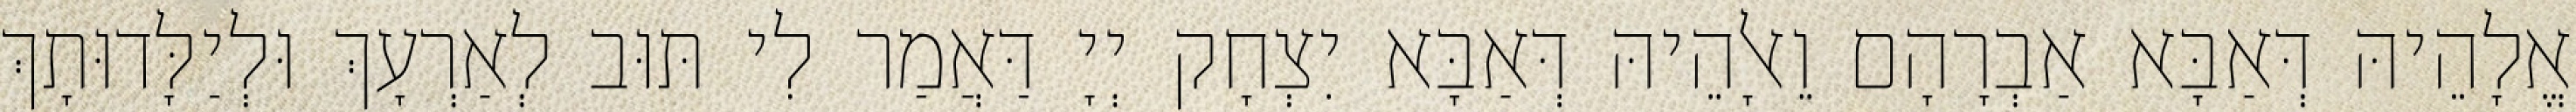
אֱלָהֵיהּ דְּאַבָּא אַבְרָהָם וֵאלָהֵיהּ דְּאַבָּא יִצְחָק יְיָ דַּאֲמַר לִי תּוּב לְאַרְעָךְ וּלְיַלָּדוּתָךְ